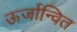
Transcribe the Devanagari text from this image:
ऊर्जान्वित